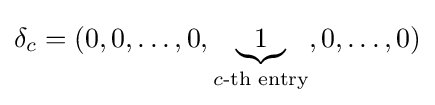
\delta _{c}=(0,0,\dots ,0,\underbrace {1} _{c{\text{-th entry}}},0,\dots ,0)